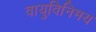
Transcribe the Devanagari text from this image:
वायुविनिमय